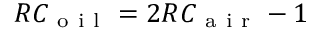
R C _ { \mathrm { ~ o ~ i ~ l ~ } } = 2 R C _ { \mathrm { ~ a ~ i ~ r ~ } } - 1